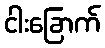
ငါးခြောက်